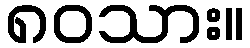
၈၀သား။